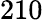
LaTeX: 210